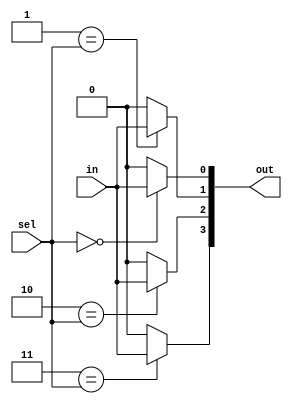
module demux #(parameter n = 2) (
    input in,
    input [n-1:0] sel,
    output reg [(2**n)-1:0] out
);
    integer i;
    always @(*) begin
        for(i = 0; i < (2**n); i = i + 1) begin
            if(i == sel) begin
                out[i] = in;
            end
            else begin
                out[i] = 0;
            end
        end
    end


endmodule